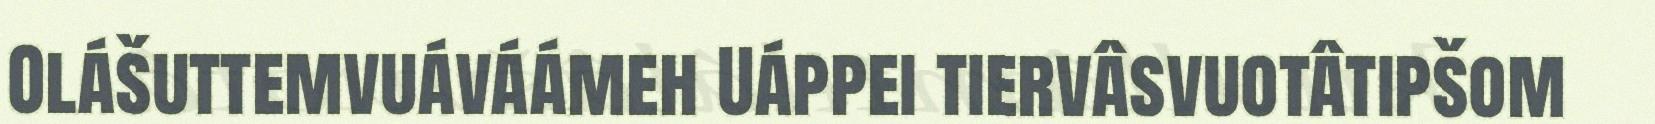
Olášuttemvuáváámeh Uáppei tiervâsvuotâtipšom